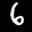
Label: 6